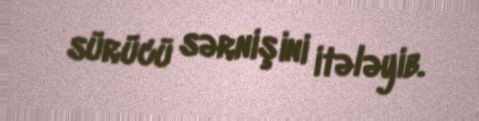
sürücü sərnişini itələyib.